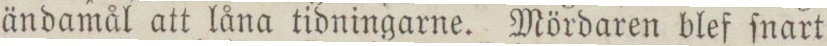
ändamål att låna tidningarne. Mördaren blef ſnart